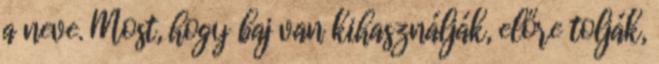
a neve. Most, hogy baj van kihasználják, előre tolják,